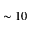
\sim 1 0